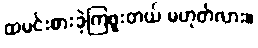
ထမင်းစားခဲ့ကြဖူးတယ် မဟုတ်လား။